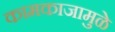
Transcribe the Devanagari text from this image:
कामकाजामुळे